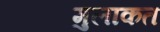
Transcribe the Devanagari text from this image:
मुलाकत